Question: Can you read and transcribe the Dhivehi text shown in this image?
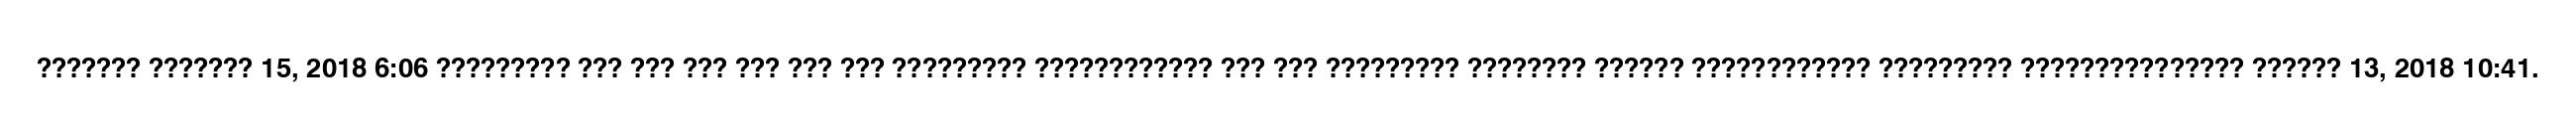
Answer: ??????? ??????? 15, 2018 6:06 ????????? ??? ??? ??? ??? ??? ??? ????????? ???????????? ??? ??? ????????? ???????? ?????? ???????????? ????????? ??????????????? ?????? 13, 2018 10:41.